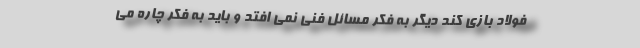
فولاد بازی کند دیگر به فکر مسائل فنی نمی افتد و باید به فکر چاره می